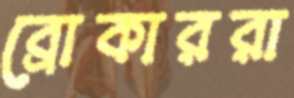
ব্রোকাররা